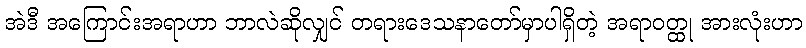
အဲဒီ အကြောင်းအရာဟာ ဘာလဲဆိုလျှင် တရားဒေသနာတော်မှာပါရှိတဲ့ အရာဝတ္ထု အားလုံးဟာ